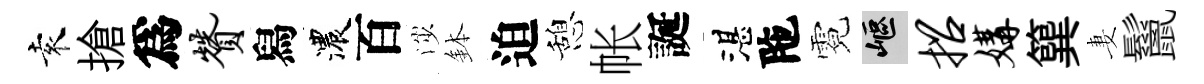
袁搶爲赞舄濃百渉鉢迫憩帐誕湛陁霓嶇招媾簨妻鬣